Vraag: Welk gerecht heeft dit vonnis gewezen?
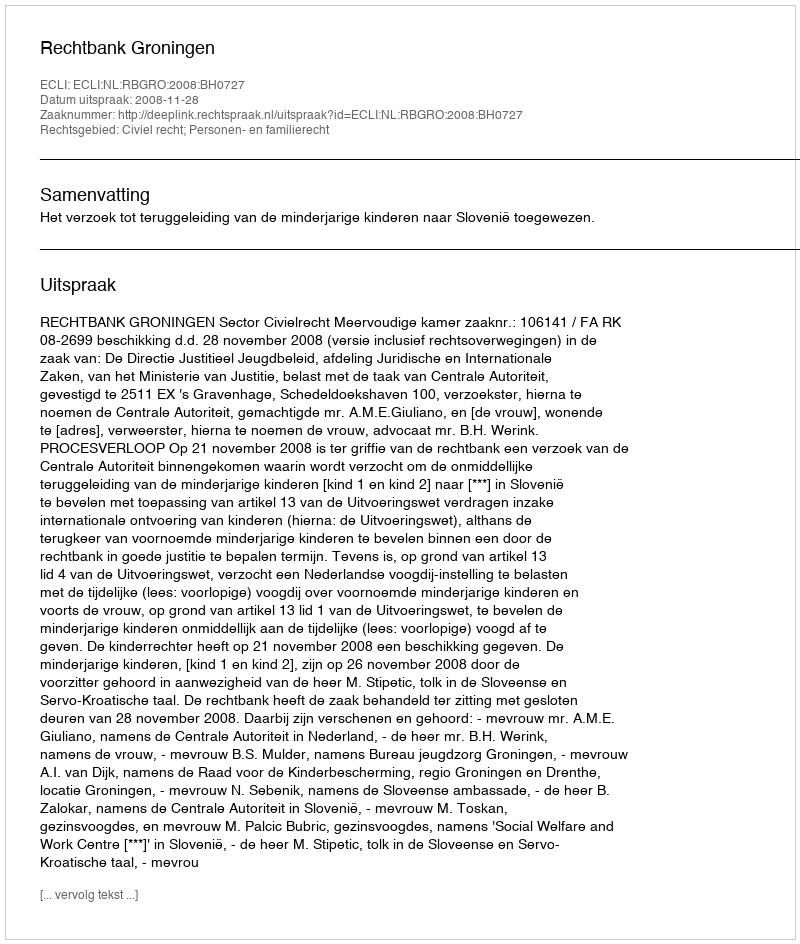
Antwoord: Rechtbank Groningen